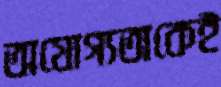
অযোগ্যতাকেই